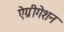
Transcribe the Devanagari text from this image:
ऐग्रीगेशन